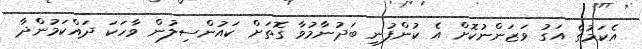
އެކަމުގެ އަގު ވަޒަންނުކޮށް އެ ކުންފުނި ބަދުނާމުވާ ގޮތަށް ކައުންސިލުން ވާހަކަ ދައްކަމުންދާ